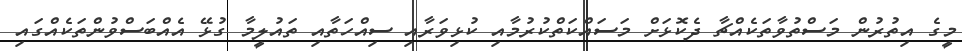
މީގެ އިތުރުން މަސްތުވާތަކެއްޗާ ދެކޮޅަށް މަސައްކަތްކުރުމާއި ކުޅިވަރާއި ސިއްހަތާއި ތައުލީމާ ގުޅޭ އެއްބަސްވުންތަކެއްގައި